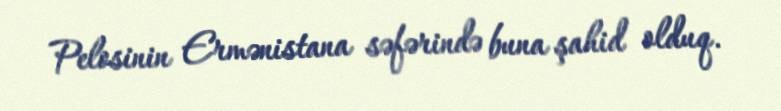
Pelosinin Ermənistana səfərində buna şahid olduq.